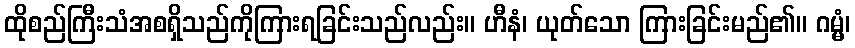
ထိုစည်ကြီးသံအစရှိသည်ကိုကြားရခြင်းသည်လည်း။ ဟီနံ၊ ယုတ်သော ကြားခြင်းမည်၏။ ဂမ္မံ၊